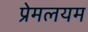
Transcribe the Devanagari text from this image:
प्रेमलयम